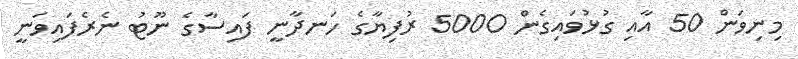
މިނިވަން 50 އާއި ގުޅުވައިގެން 5000 ރުފިޔާގެ ހަނދާނީ ފައިސާގެ ނޫޓު ނެރެފައިވަނީ